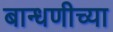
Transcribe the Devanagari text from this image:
बान्धणीच्या